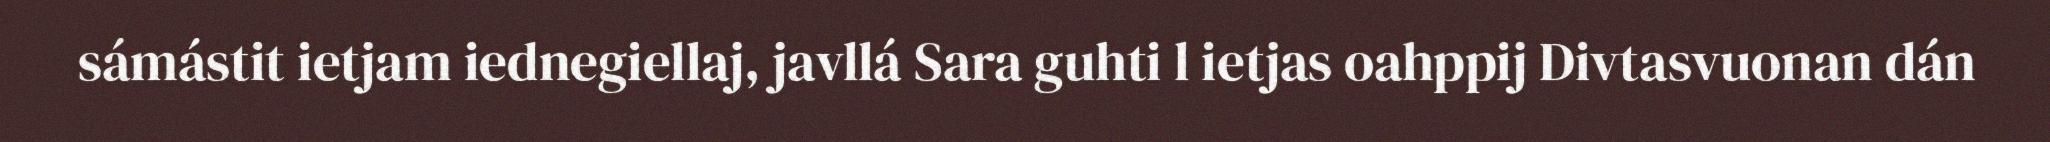
sámástit ietjam iednegiellaj, javllá Sara guhti l ietjas oahppij Divtasvuonan dán